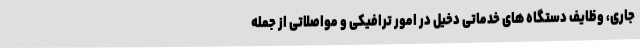
جاری، وظایف دستگاه های خدماتی دخیل در امور ترافیکی و مواصلاتی از جمله